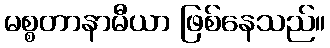
မစ္စတာနာမီယာ ဖြစ်နေသည်။